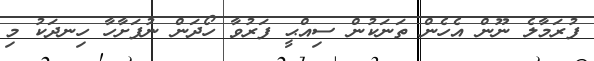
ފުރަމާލެ ނޫން އެހެން ތަނަކުން ސިއްޙީ ފަރުވާ ހޯދަން ނުފަށާހާ ހިނދަކު މި